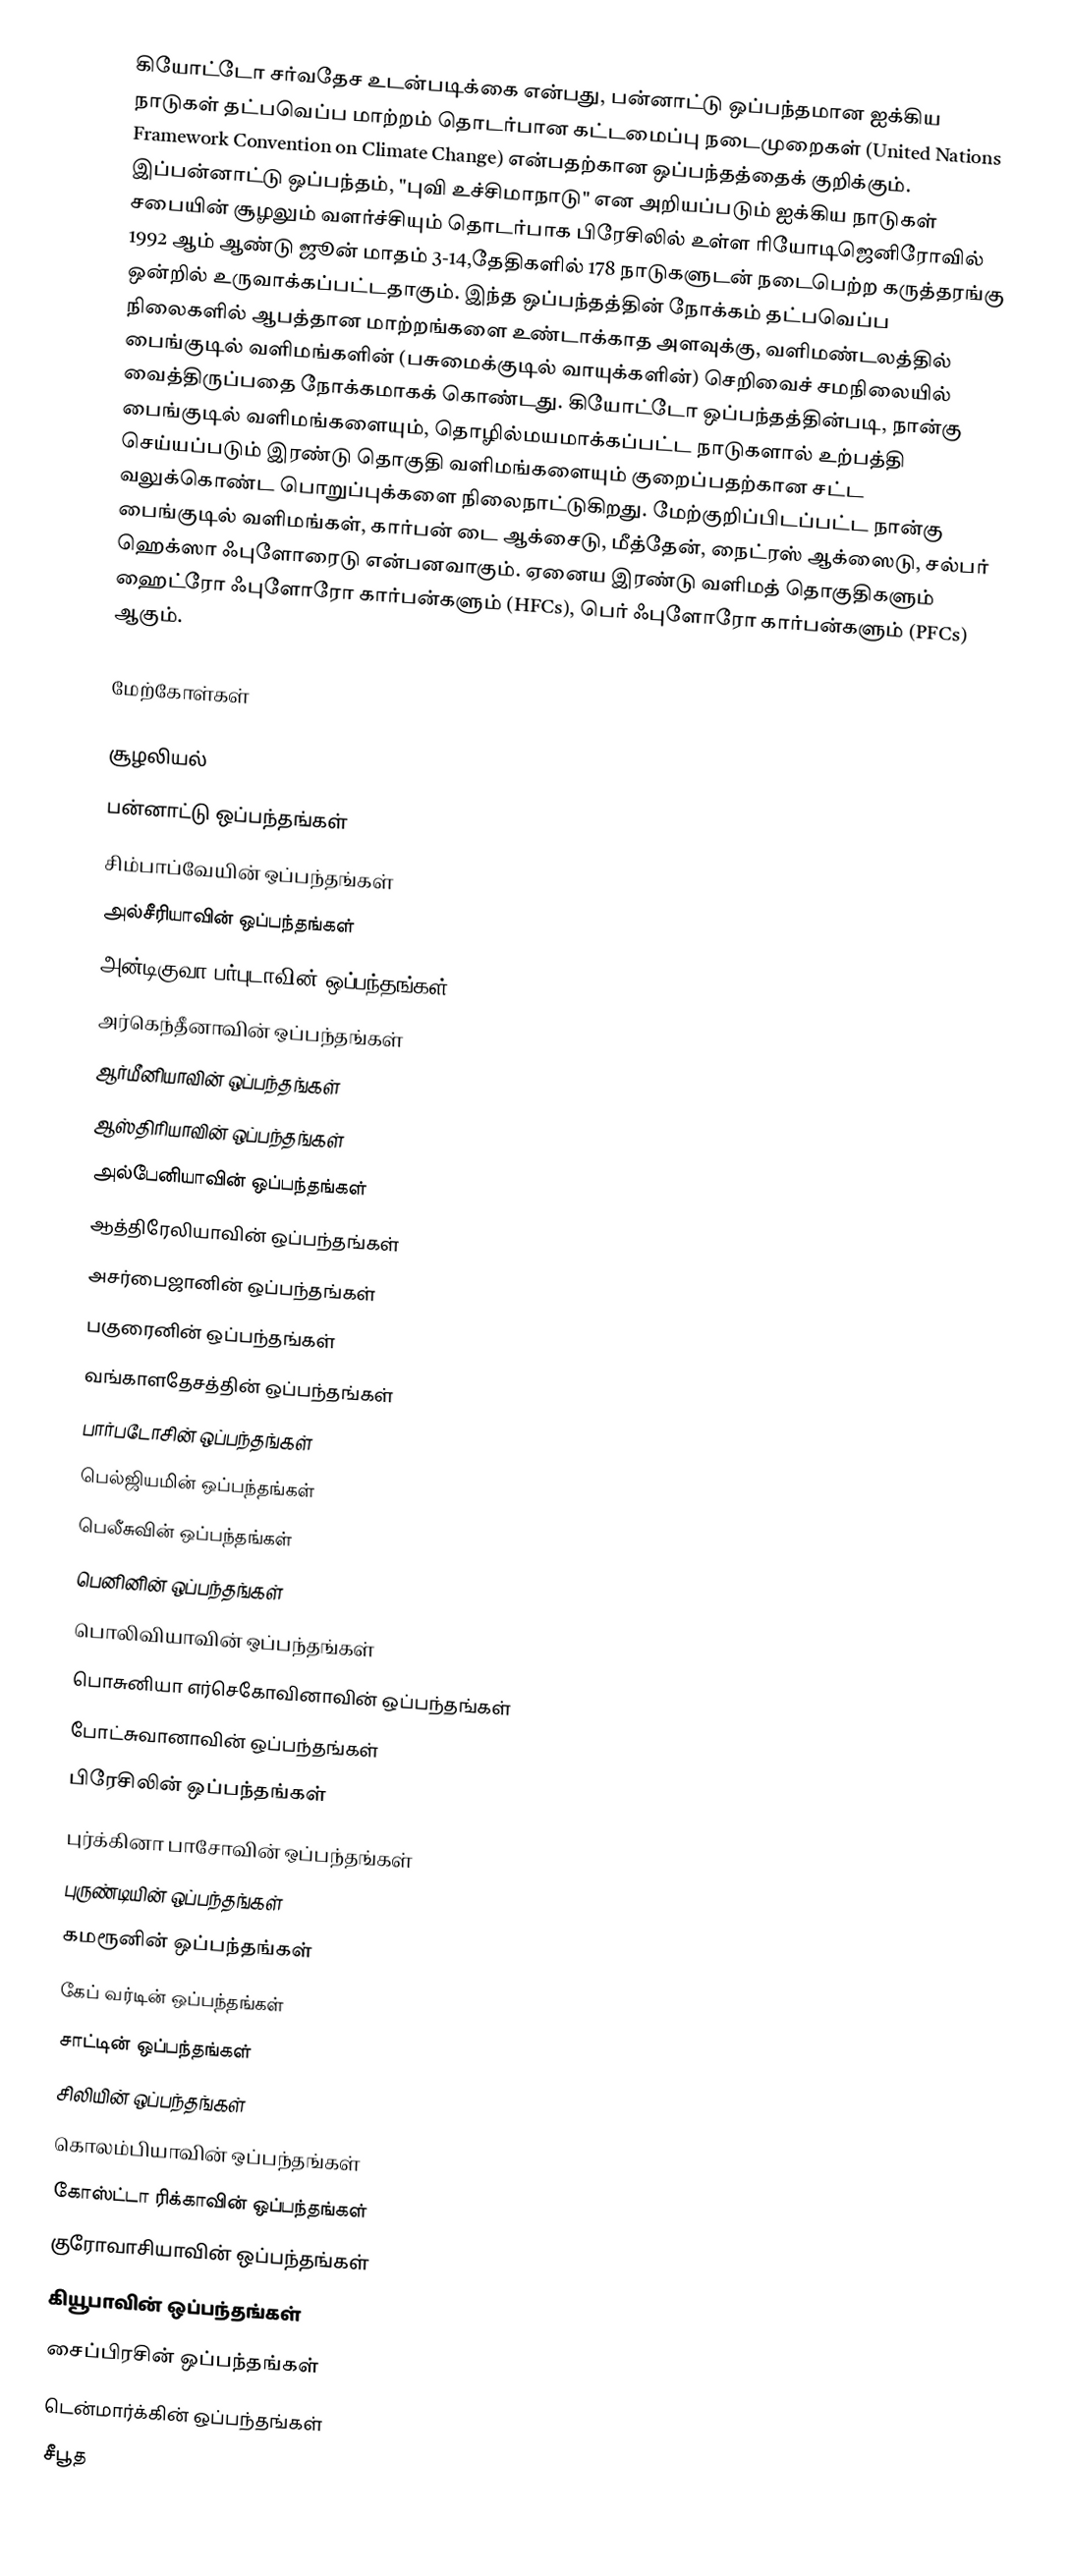
கியோட்டோ சர்வதேச உடன்படிக்கை என்பது, பன்னாட்டு ஒப்பந்தமான ஐக்கிய நாடுகள் தட்பவெப்ப மாற்றம் தொடர்பான கட்டமைப்பு நடைமுறைகள் (United Nations Framework Convention on Climate Change) என்பதற்கான ஒப்பந்தத்தைக் குறிக்கும். இப்பன்னாட்டு ஒப்பந்தம், "புவி உச்சிமாநாடு" என அறியப்படும் ஐக்கிய நாடுகள் சபையின் சூழலும் வளர்ச்சியும் தொடர்பாக பிரேசிலில் உள்ள ரியோடிஜெனிரோவில் 1992 ஆம் ஆண்டு ஜூன் மாதம் 3-14,தேதிகளில் 178 நாடுகளுடன் நடைபெற்ற கருத்தரங்கு ஒன்றில் உருவாக்கப்பட்டதாகும். இந்த ஒப்பந்தத்தின் நோக்கம் தட்பவெப்ப நிலைகளில் ஆபத்தான மாற்றங்களை உண்டாக்காத அளவுக்கு, வளிமண்டலத்தில் பைங்குடில் வளிமங்களின் (பசுமைக்குடில் வாயுக்களின்) செறிவைச் சமநிலையில் வைத்திருப்பதை நோக்கமாகக் கொண்டது. கியோட்டோ ஒப்பந்தத்தின்படி, நான்கு பைங்குடில் வளிமங்களையும், தொழில்மயமாக்கப்பட்ட நாடுகளால் உற்பத்தி செய்யப்படும் இரண்டு தொகுதி வளிமங்களையும் குறைப்பதற்கான சட்ட வலுக்கொண்ட பொறுப்புக்களை நிலைநாட்டுகிறது. மேற்குறிப்பிடப்பட்ட நான்கு பைங்குடில் வளிமங்கள், கார்பன் டை ஆக்சைடு, மீத்தேன், நைட்ரஸ் ஆக்ஸைடு, சல்பர் ஹெக்ஸா ஃபுளோரைடு என்பனவாகும். ஏனைய இரண்டு வளிமத் தொகுதிகளும் ஹைட்ரோ ஃபுளோரோ கார்பன்களும் (HFCs), பெர் ஃபுளோரோ கார்பன்களும் (PFCs) ஆகும்.

மேற்கோள்கள்

சூழலியல்
பன்னாட்டு ஒப்பந்தங்கள்
சிம்பாப்வேயின் ஒப்பந்தங்கள்
அல்சீரியாவின் ஒப்பந்தங்கள்
அன்டிகுவா பர்புடாவின் ஒப்பந்தங்கள்
அர்கெந்தீனாவின் ஒப்பந்தங்கள்
ஆர்மீனியாவின் ஒப்பந்தங்கள்
ஆஸ்திரியாவின் ஒப்பந்தங்கள்
அல்பேனியாவின் ஒப்பந்தங்கள்
ஆத்திரேலியாவின் ஒப்பந்தங்கள்
அசர்பைஜானின் ஒப்பந்தங்கள்
பகுரைனின் ஒப்பந்தங்கள்
வங்காளதேசத்தின் ஒப்பந்தங்கள்
பார்படோசின் ஒப்பந்தங்கள்
பெல்ஜியமின் ஒப்பந்தங்கள்
பெலீசுவின் ஒப்பந்தங்கள்
பெனினின் ஒப்பந்தங்கள்
பொலிவியாவின் ஒப்பந்தங்கள்
பொசுனியா எர்செகோவினாவின் ஒப்பந்தங்கள்
போட்சுவானாவின் ஒப்பந்தங்கள்
பிரேசிலின் ஒப்பந்தங்கள்
புர்க்கினா பாசோவின் ஒப்பந்தங்கள்
புருண்டியின் ஒப்பந்தங்கள்
கமரூனின் ஒப்பந்தங்கள்
கேப் வர்டின் ஒப்பந்தங்கள்
சாட்டின் ஒப்பந்தங்கள்
சிலியின் ஒப்பந்தங்கள்
கொலம்பியாவின் ஒப்பந்தங்கள்
கோஸ்ட்டா ரிக்காவின் ஒப்பந்தங்கள்
குரோவாசியாவின் ஒப்பந்தங்கள்
கியூபாவின் ஒப்பந்தங்கள்
சைப்பிரசின் ஒப்பந்தங்கள்
டென்மார்க்கின் ஒப்பந்தங்கள்
சீபூத